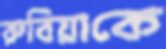
রুবিয়াকে